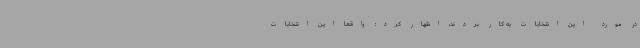
در مورد این انتخابات به کار بردند، اظهار کرد: واقعا این انتخابات